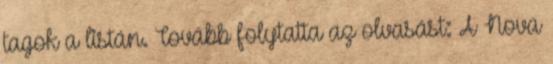
tagok a listán. Tovább folytatta az olvasást: A Nova